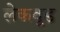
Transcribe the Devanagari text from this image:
लेकवूड